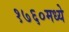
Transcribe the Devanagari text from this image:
१७६०मध्ये